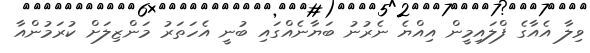
ވިލާ އެއާގެ ފްލައިމީން އިއްޔެ ނެރުނު ބަޔާނެއްގައި ބުނީ އެހަތަރު މަންޒިލަށް ކުރަމުންއާ